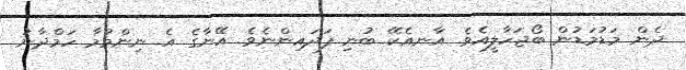
ދެން މަޑުމަޑުން ބޯޖަހާލީއެވެ. އާނއެކޭ ބުނި ފަދައިންނެވެ. އޭނާގެ އެ ނިންމުމާ ހަމްދާނު